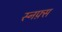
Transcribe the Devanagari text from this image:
स्नफ़्स